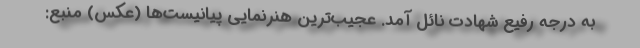
به درجه رفیع شهادت نائل آمد. عجیب‌ترین هنرنمایی پیانیست‌ها (عکس) منبع: